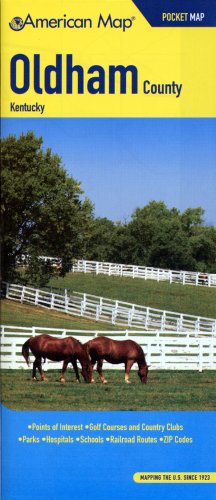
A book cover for Oldham County, Kentucky Pocket Map (American Map); Travel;